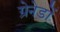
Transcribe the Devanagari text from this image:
ग्रेनेडों